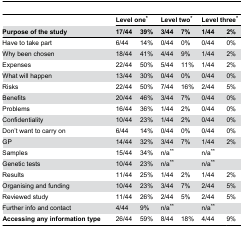
<table><thead><tr><td></td><td colspan="2"><b>Level one*</b></td><td colspan="2"><b>Level two*</b></td><td colspan="2"><b>Level three*</b></td></tr><tr><td><b>Purpose of the study</b></td><td><b>17/44</b></td><td><b>39%</b></td><td><b>3/44</b></td><td><b>7%</b></td><td><b>1/44</b></td><td><b>2%</b></td></tr></thead><tbody><tr><td>Have to take part</td><td>6/44</td><td>14%</td><td>0/44</td><td>0%</td><td>0/44</td><td>0%</td></tr><tr><td>Why been chosen</td><td>18/44</td><td>41%</td><td>4/44</td><td>9%</td><td>1/44</td><td>2%</td></tr><tr><td>Expenses</td><td>22/44</td><td>50%</td><td>5/44</td><td>11%</td><td>1/44</td><td>2%</td></tr><tr><td>What will happen</td><td>13/44</td><td>30%</td><td>0/44</td><td>0%</td><td>0/44</td><td>0%</td></tr><tr><td>Risks</td><td>22/44</td><td>50%</td><td>7/44</td><td>16%</td><td>2/44</td><td>5%</td></tr><tr><td>Benefits</td><td>20/44</td><td>46%</td><td>3/44</td><td>7%</td><td>0/44</td><td>0%</td></tr><tr><td>Problems</td><td>16/44</td><td>36%</td><td>1/44</td><td>2%</td><td>0/44</td><td>0%</td></tr><tr><td>Confidentiality</td><td>10/44</td><td>23%</td><td>1/44</td><td>2%</td><td>0/44</td><td>0%</td></tr><tr><td>Don’t want to carry on</td><td>6/44</td><td>14%</td><td>0/44</td><td>0%</td><td>0/44</td><td>0%</td></tr><tr><td>GP</td><td>14/44</td><td>32%</td><td>3/44</td><td>7%</td><td>1/44</td><td>2%</td></tr><tr><td>Samples</td><td>15/44</td><td>34%</td><td colspan="2">n/a**</td><td colspan="2">n/a**</td></tr><tr><td>Genetic tests</td><td>10/44</td><td>23%</td><td colspan="2">n/a**</td><td colspan="2">n/a**</td></tr><tr><td>Results</td><td>11/44</td><td>25%</td><td>1/44</td><td>2%</td><td>1/44</td><td>2%</td></tr><tr><td>Organising and funding</td><td>10/44</td><td>23%</td><td>3/44</td><td>7%</td><td>2/44</td><td>5%</td></tr><tr><td>Reviewed study</td><td>11/44</td><td>26%</td><td>2/44</td><td>5%</td><td>2/44</td><td>5%</td></tr><tr><td>Further info and contact</td><td>4/44</td><td>9%</td><td colspan="2">n/a**</td><td colspan="2">n/a**</td></tr><tr><td><b>Accessing any information type</b></td><td>26/44</td><td>59%</td><td>8/44</td><td>18%</td><td>4/44</td><td>9%</td></tr></tbody></table>